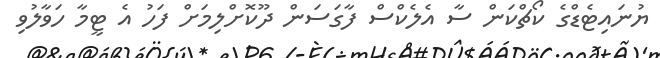
ޔުނައިޓެޑްގެ ކޯޗްކަން ސާ އެލެކްސް ފާގަސަން ދޫކޮށްލިމަށް ފަހު އެ ޓީމާ ހަވާލުވި